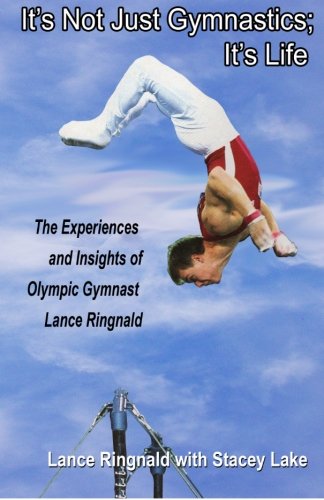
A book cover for It's Not Just Gymnastics; It's Life: The Experiences and Insights of Olympic Gymnast Lance Ringnald; Lance Ringnald; Sports & Outdoors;